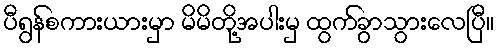
ပီရွန်စကားယားမှာ မိမိတို့အပါးမှ ထွက်ခွာသွားလေပြီ။